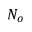
N _ { o }